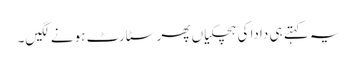
یہ کہتے ہی دادا کی ہچکیاں پھر سٹارٹ ہونے لگیں۔